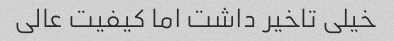
خیلی تاخیر داشت اما کیفیت عالی